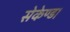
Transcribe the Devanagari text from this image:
सेकेण्ड।